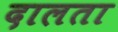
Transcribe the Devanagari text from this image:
दालता